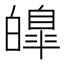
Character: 皥